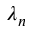
\lambda _ { n }